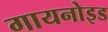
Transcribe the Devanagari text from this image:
गायनोइड